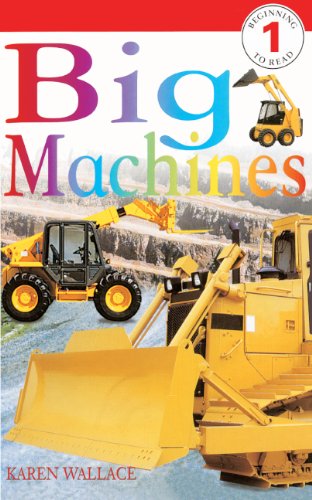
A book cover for Big Machines (Turtleback School & Library Binding Edition) (DK Readers: Level 1); Karen Wallace; Children's Books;